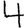
Digit: 4